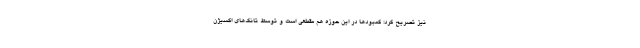
نیز تصریح کرد: کمبودها در این حوزه هم مقطعی است و توسط تانک‌های اکسیژن